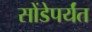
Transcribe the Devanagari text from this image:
सोंडेपर्यंत